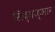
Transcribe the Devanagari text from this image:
सिद्धज्ञान